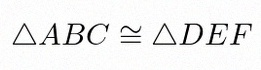
\triangle ABC\cong\triangle DEF